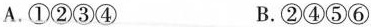
A.①②③④ B.②④⑤⑥